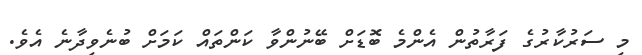
މި ސަރުކާރުގެ ފަރާތުން އެންމެ ބޮޑަށް ބޭނުންވާ ކަންތައް ކަމަށް ބުނެވިދާނެ އެވެ.